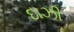
દાઝી